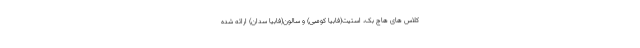
کلاس های هاچ بک، استیت(فابیا کومبی) و سالون(فابیا سدان) ارائه شده